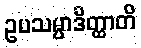
ဥပသမ္ပာဒိတ္ထာတိ